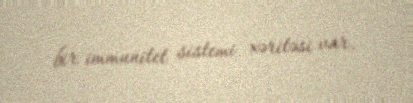
bir immunitet sistemi xəritəsi var.